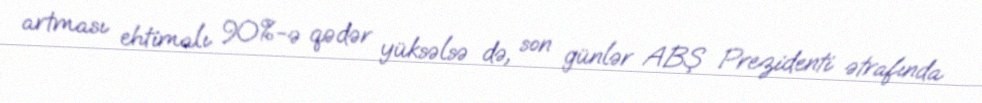
artması ehtimalı 90%-ə qədər yüksəlsə də, son günlər ABŞ Prezidenti ətrafında